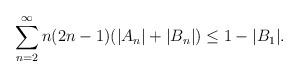
LaTeX: \begin{align*}\sum_{n=2}^{\infty}n(2n-1)(|A_n|+|B_n|) \leq 1 -|B_1|.\end{align*}